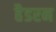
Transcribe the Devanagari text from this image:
हैडरन